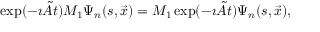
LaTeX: \exp ( - \imath \tilde { A } t ) M _ { 1 } \Psi _ { n } ( s , \vec { x } ) = M _ { 1 } \exp ( - \imath \tilde { A } t ) \Psi _ { n } ( s , \vec { x } ) ,